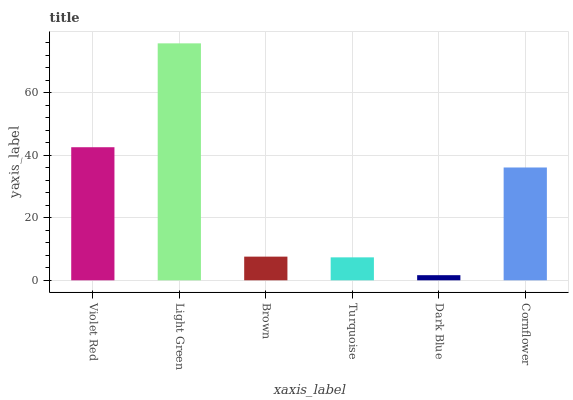
| xaxis_label | bars |
 | --- | --- |
 | Violet Red | 42.6 |
 | Light Green | 75.8 |
 | Brown | 7.58 |
 | Turquoise | 7.35 |
 | Dark Blue | 1.64 |
 | Cornflower | 36.1 |